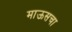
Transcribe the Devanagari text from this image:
माऊसचा